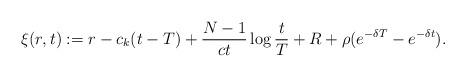
LaTeX: \begin{align*}\xi(r,t):=r-c_{k}(t-T)+\frac{N-1}{ct}\log \frac{t}T +R+\rho (e^{-\delta T}-e^{-\delta t}).\end{align*}